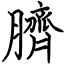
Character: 臍